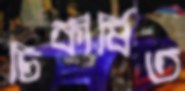
চিকীর্ষিত